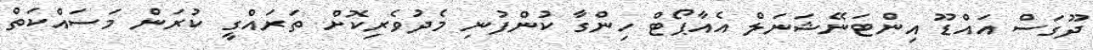
ދޫގަސް އައްޑޫ އިންޓަނޭޝަނަލް އެއާޕޯޓް ހިންގާ ކުންފުނި މެދުވެރިކޮށް ތަރައްގީ ކުރަން މަސައްކަތް